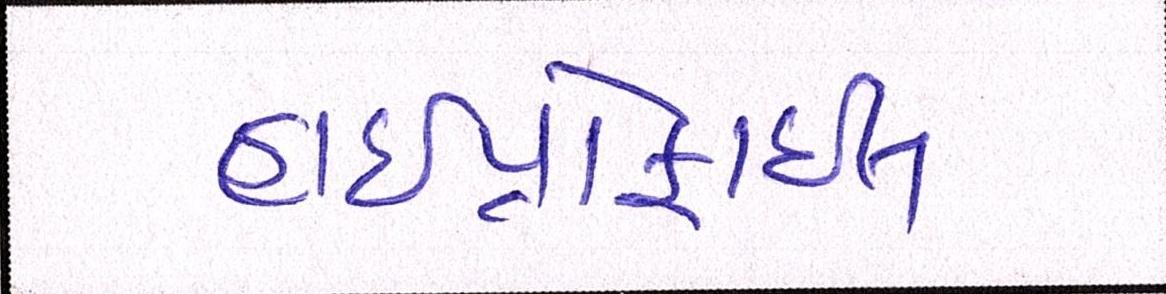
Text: હાઇપ્રોફાઇલ